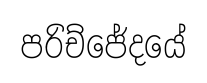
පරිච්ජේදයේ